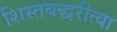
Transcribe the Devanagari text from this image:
शिस्तबद्धरीत्या